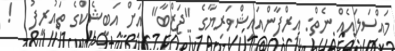
މައްސަލައެއް ނެތް: އިރްފާންއައިޝްވަރިޔާގެ "ޖަޒްބާ" އަށް އަބީޝެކްގެ ތައުރީފު   !